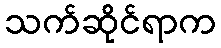
သက်ဆိုင်ရာက